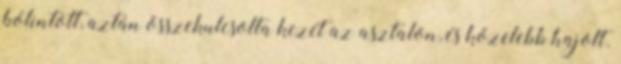
bólintott, aztán összekulcsolta kezét az asztalon, és közelebb hajolt.